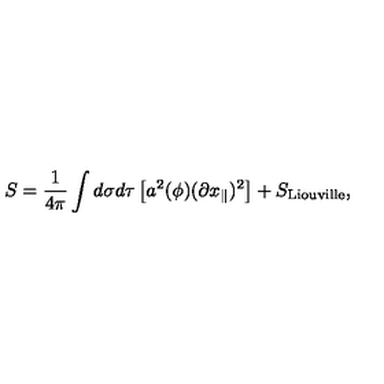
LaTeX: S = \frac { 1 } { 4 \pi } \int d \sigma d \tau \left[ a ^ { 2 } ( \phi ) ( \partial x _ { \parallel } ) ^ { 2 } \right] + S _ { \mathrm { L i o u v i l l e } } ,